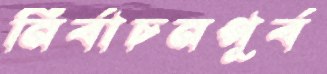
নির্বাচনপূর্ব